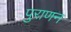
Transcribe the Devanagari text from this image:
पुराणन